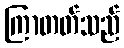
ကြာတတ်သည်